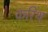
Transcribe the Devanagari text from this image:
करिंथ